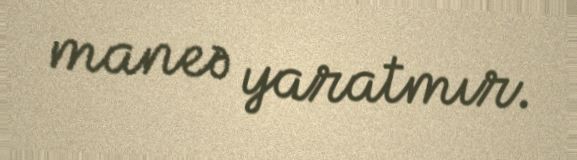
maneə yaratmır.